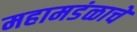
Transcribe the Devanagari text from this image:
महामडंळाचे